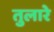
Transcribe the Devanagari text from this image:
तुलारे